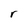
Character: r